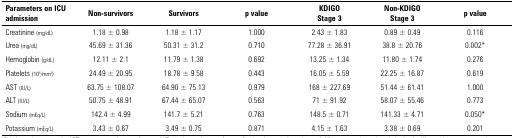
| Parameters on ICU admission | Non-survivors | Survivors | p value | KDIGOStage 3 | Non-KDIGOStage 3 | p value |
 | --- | --- | --- | --- | --- | --- | --- |
 | Creatinine (mg/dL) | 1.18 ± 0.98 | 1.18 ± 1.17 | 1.000 | 2.43 ± 1.83 | 0.89 ± 0.49 | 0.116 |
 | Urea (mg/dL) | 45.69 ± 31.36 | 50.31 ± 31.2 | 0.710 | 77.28 ± 36.91 | 38.8 ± 20.76 | 0.002* |
 | Hemoglobin (g/dL) | 12.11 ± 2.1 | 11.79 ± 1.38 | 0.692 | 13.25 ± 1.34 | 11.80 ± 1.74 | 0.276 |
 | Platelets (105/mm3) | 24.49 ± 20.95 | 18.78 ± 9.58 | 0.443 | 16.05 ± 5.59 | 22.25 ± 16.87 | 0.619 |
 | AST (IU/L) | 63.75 ± 108.07 | 64.90 ± 75.13 | 0.979 | 168 ± 227.69 | 51.44 ± 61.41 | 1.000 |
 | ALT (IU/L) | 50.75 ± 48.91 | 67.44 ± 65.07 | 0.563 | 71 ± 91.92 | 58.07 ± 55.46 | 0.773 |
 | Sodium (mEq/L) | 142.4 ± 4.99 | 141.7 ± 5.21 | 0.763 | 148.5 ± 0.71 | 141.33 ± 4.71 | 0.050* |
 | Potassium (mEq/L) | 3.43 ± 0.67 | 3.49 ± 0.75 | 0.871 | 4.15 ± 1.63 | 3.38 ± 0.69 | 0.201 |